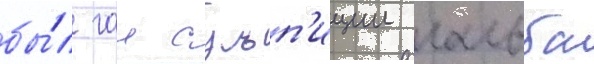
бы́л гаи сульп'иции гальба